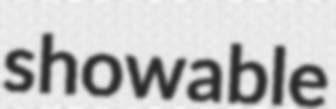
showable